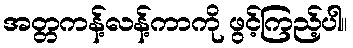
အတ္တကန့်လန့်ကာကို ဖွင့်ကြည့်ပါ။